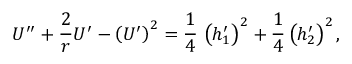
{ \cal U } ^ { \prime \prime } + { \frac { 2 } { r } } { \cal U } ^ { \prime } - \left( { \cal U } ^ { \prime } \right) ^ { 2 } = { \frac { 1 } { 4 } } \, \left( h _ { 1 } ^ { \prime } \right) ^ { 2 } + { \frac { 1 } { 4 } } \left( h _ { 2 } ^ { \prime } \right) ^ { 2 } ,